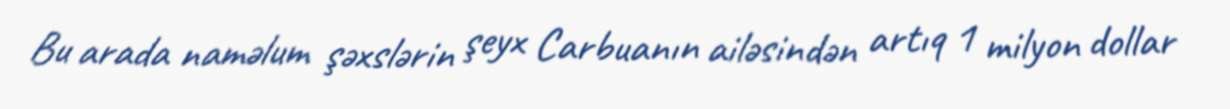
Bu arada naməlum şəxslərin şeyx Carbuanın ailəsindən artıq 1 milyon dollar